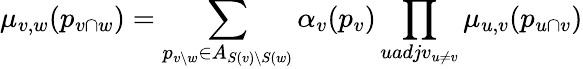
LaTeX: \mu_{v,w}(p_{v\cap w})=\sum_{p_{v\setminus w}\in A_{S(v)\setminus S(w)}}\alpha_{v}(p_{v})\prod_{uadjv_{u\neq v}}\mu_{u,v}(p_{u\cap v})